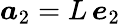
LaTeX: \boldsymbol a_{2}=L\, \boldsymbol e_{2}